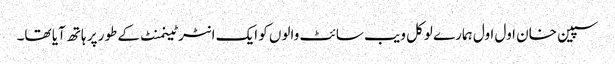
سپین خان اول اول ہمارے لوکل ویب سائٹ والوں کو ایک انٹرٹینمنٹ کے طور پر ہاتھ آیا تھا۔